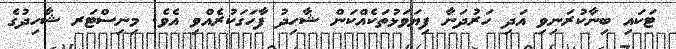
ޓަކައި ބިނާކުރަނިވި އަދި ހަރުދަނާ ފިޔަވަޅުތަކެއްކަން ޝާހިދު ފާހަގަކުރެއްވި އެވެ. މިނިސްޓަރ ޝާހިދުގެ